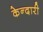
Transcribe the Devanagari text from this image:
केन्दारी